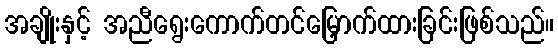
အချိုးနှင့် အညီရွေးကောက်တင်မြှောက်ထားခြင်းဖြစ်သည်။